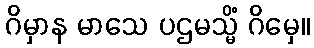
ဂိမှာန မာသေ ပဌမသ္မိံ ဂိမှေ။